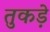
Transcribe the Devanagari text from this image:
तुकड़े